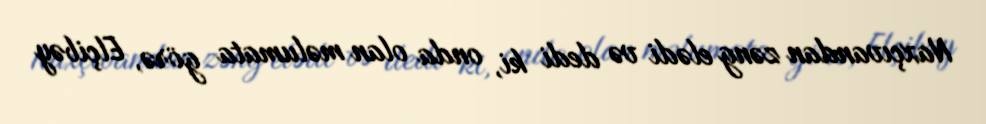
Naxçıvandan zəng elədi və dedi ki, onda olan məlumata görə, Elçibəy